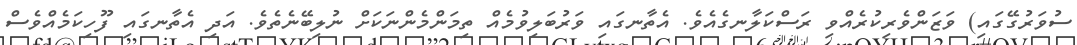
ސުވަރުގޭގައި) ވަޒަންވެރިކުރެއްވި ރަސްކަލާނގެއެވެ. އެތާނގައި ވަރުބަލިވުމެއް ތިމަންމެންނަކަށް ނުލިބޭނެތެވެ. އަދި އެތާނގައި ފޫހިކަމެއްވެސް